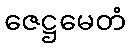
ဇေဋ္ဌမေတံ